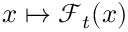
x \mapsto \mathcal F _ { t } ( x )